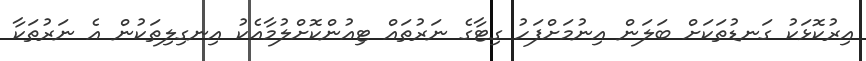
އިރުކޮޅަކު ގަނޑުތަކަށް ބަލަން އިނުމަށްފަހު ގިޓާގެ ނަރުތައް ޓިއުންކޮށްލުމާއެކު އިނގިލިތަކުން އެ ނަރުތަކާ